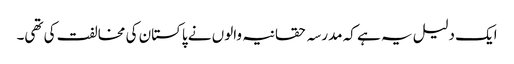
ایک دلیل یہ ہے کہ مدرسہ حقانیہ والوں نے پاکستان کی مخالفت کی تھی۔